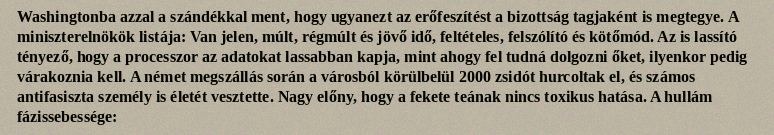
Washingtonba azzal a szándékkal ment, hogy ugyanezt az erőfeszítést a bizottság tagjaként is megtegye. A miniszterelnökök listája: Van jelen, múlt, régmúlt és jövő idő, feltételes, felszólító és kötőmód. Az is lassító tényező, hogy a processzor az adatokat lassabban kapja, mint ahogy fel tudná dolgozni őket, ilyenkor pedig várakoznia kell. A német megszállás során a városból körülbelül 2000 zsidót hurcoltak el, és számos antifasiszta személy is életét vesztette. Nagy előny, hogy a fekete teának nincs toxikus hatása. A hullám fázissebessége: